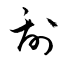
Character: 刮